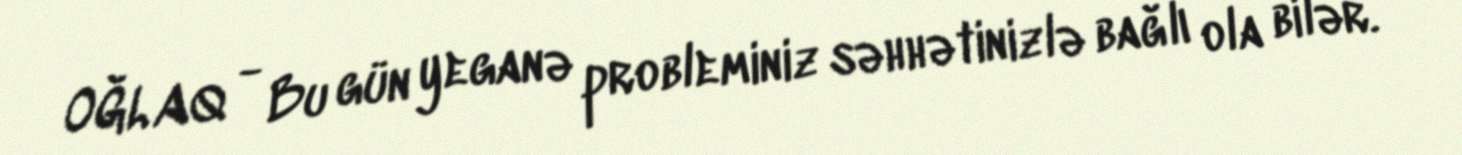
OĞLAQ - Bu gün yeganə probleminiz səhhətinizlə bağlı ola bilər.